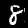
Label: 8